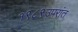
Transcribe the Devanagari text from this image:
१९८९उपरांत